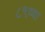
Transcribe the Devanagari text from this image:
८९व्या